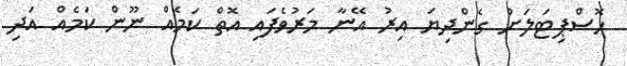
ހޮސްޕިޓަލަށް ގެންދިޔަ އިރު އޭނާ މަރުވެފައި އޮތް ކަމެއް ނޫން ކަމެއް އަދި